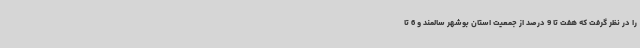
را در نظر گرفت که هفت تا 9 درصد از جمعیت استان بوشهر سالمند و 6 تا